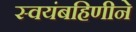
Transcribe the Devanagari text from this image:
स्वयंबहिणीने